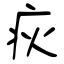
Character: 疢